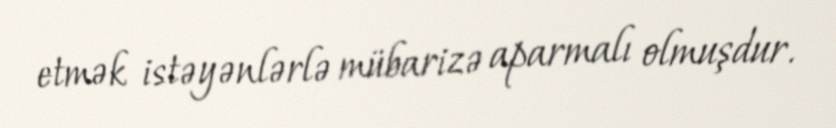
etmək istəyənlərlə mübarizə aparmalı olmuşdur.